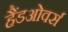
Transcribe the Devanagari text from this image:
हैंडओवर्स